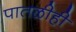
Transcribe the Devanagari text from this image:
पातळीही